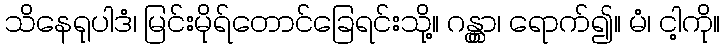
သိနေရုပါဒံ၊ မြင်းမိုရ်တောင်ခြေရင်းသို့။ ဂန္တွာ၊ ရောက်၍။ မံ၊ ငါ့ကို။